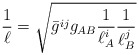
\begin{align*}\frac{1}{\ell}= \sqrt{\bar{g}^{ij}g_{AB}\frac{1}{\ell^{i}_{A}}\frac{1}{\ell^{j}_{B}}}\end{align*}